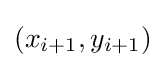
(x_{i+1},y_{i+1})